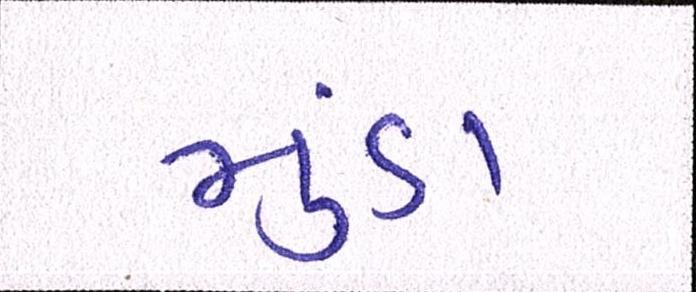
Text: મુંડા